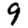
Digit: 9